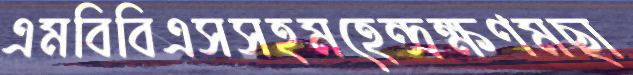
এমবিবিএসসহমহেন্দ্রক্ষণমছা